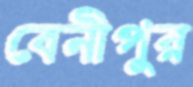
বেনীপুর